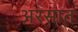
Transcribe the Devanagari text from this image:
अरसात